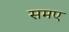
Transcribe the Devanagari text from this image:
समए